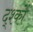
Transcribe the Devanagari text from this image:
द्श्कों